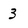
Character: 3